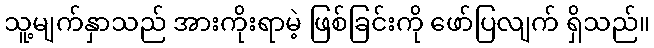
သူ့မျက်နှာသည် အားကိုးရာမဲ့ ဖြစ်ခြင်းကို ဖော်ပြလျက် ရှိသည်။